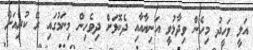
އަލީ ވަހީދު މިހެން ވިދާޅުވީ އަނިޔާއާއި ދެކޮޅަށް ދިވެހިން މިނަމުގައި ރޭ ކުރިއަށް